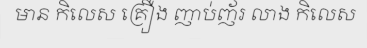
មាន កិលេស គ្រឿង ញាប់ញ័រ លាង កិលេស